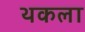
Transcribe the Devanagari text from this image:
थकला